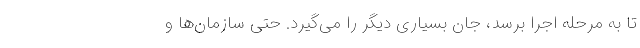
تا به مرحله اجرا برسد، جان بسیاری دیگر را می‌گیرد. حتی سازمان‌ها و